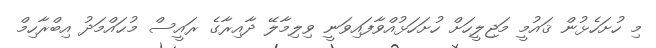
މި ހުށަހެޅުން ޤައުމީ މަޖިލީހަށް ހުށަހަޅުއްވާފައިވަނީ ވިލިމާލޭ ދާއިރާގެ ރައީސް މުޙައްމަދު އިބްރާހިމް